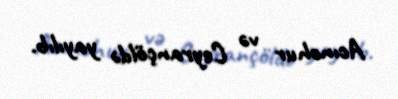
Acınohur və Ceyrançöldə yayılıb.